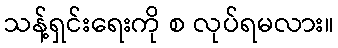
သန့်ရှင်းရေးကို စ လုပ်ရမလား။